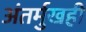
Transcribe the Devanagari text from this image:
अंतर्मुखही